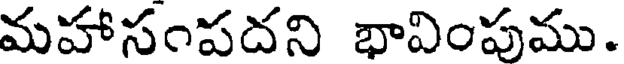
మహాసంపదని భావింపుము.